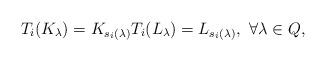
LaTeX: \begin{align*} T_i(K_\lambda)=K_{s_i(\lambda)} T_i(L_\lambda)=L_{s_i(\lambda)},\ \forall\lambda\in Q,\end{align*}